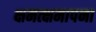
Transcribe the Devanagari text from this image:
क्षमत्क्षमापना